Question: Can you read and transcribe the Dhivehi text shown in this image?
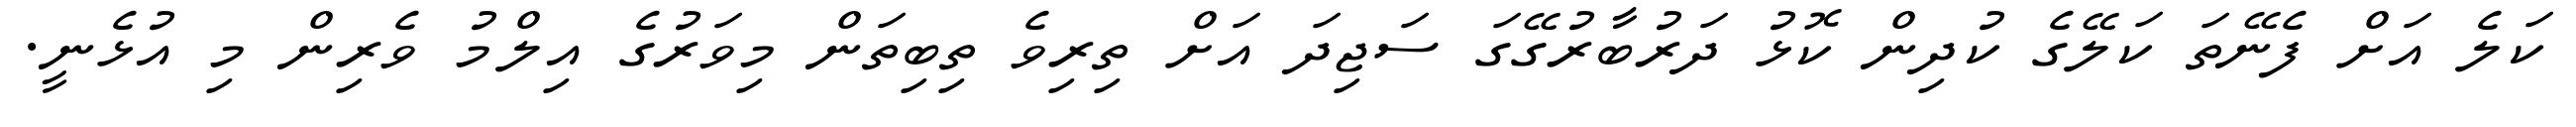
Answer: ކަލެ އަށް ފެނޭތަ ކަލޭގެ ކުދިން ކޮޅު ދަރުބާރުގޭގަ ސަޖިދަ އަށް ތިރިވެ ތިބިތަން މިވަރުގެ އިލްމު ވެރިން މި އުޅެނީ.